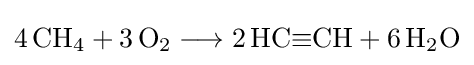
{4\,\mathrm {CH} {\vphantom {A}}_{\smash[{t}]{4}}{}+{}3\,\mathrm {O} {\vphantom {A}}_{\smash[{t}]{2}}{}\mathrel {\longrightarrow } {}2\,\mathrm {HC} {\equiv }\mathrm {CH} {}+{}6\,\mathrm {H} {\vphantom {A}}_{\smash[{t}]{2}}\mathrm {O} }